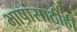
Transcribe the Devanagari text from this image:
भाषांसाठीही